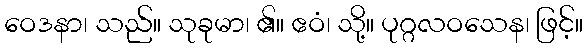
ဝေဒနာ၊ သည်။ သုခုမာ၊ ၏။ ဧဝံ၊ သို့။ ပုဂ္ဂလဝသေန၊ ဖြင့်။